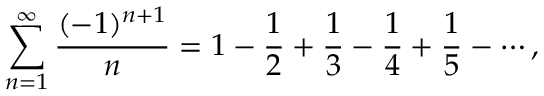
\sum _ { n = 1 } ^ { \infty } { \frac { ( - 1 ) ^ { n + 1 } } { n } } = 1 - { \frac { 1 } { 2 } } + { \frac { 1 } { 3 } } - { \frac { 1 } { 4 } } + { \frac { 1 } { 5 } } - \cdots ,